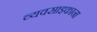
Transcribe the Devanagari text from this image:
व्यवसाइकाना